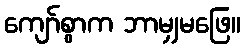
ကျော်စွာက ဘာမျှမဖြေ။